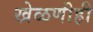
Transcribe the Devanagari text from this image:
खेळणीही